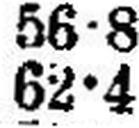
62•4